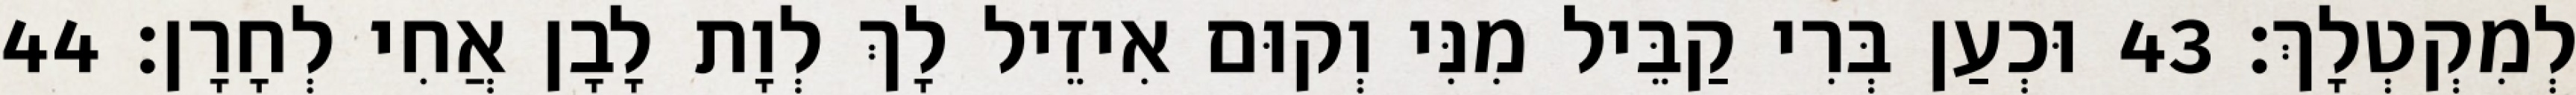
לְמִקְטְלָךְ׃ 43 וּכְעַן בְּרִי קַבֵּיל מִנִּי וְקוּם אִיזֵיל לָךְ לְוָת לָבָן אֲחִי לְחָרָן׃ 44